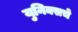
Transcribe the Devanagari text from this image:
युनिक्सचे